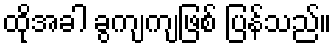
ထိုအခါ ခွကျကျဖြစ် ပြန်သည်။